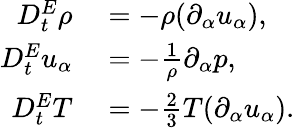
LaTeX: \begin{array}{rl}{D_{t}^{E}\rho}&{{}=-\rho(\partial_{\alpha}u_{\alpha}),}\\ {D_{t}^{E}u_{\alpha}}&{{}=-\frac{1}{\rho}\partial_{\alpha}p,}\\ {D_{t}^{E}T}&{{}=-\frac{2}{3}T(\partial_{\alpha}u_{\alpha}).}\end{array}